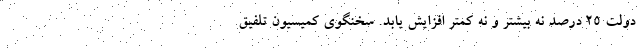
دولت ۲۵ درصد نه بیشتر و نه کمتر افزایش یابد. سخنگوی کمیسیون تلفیق